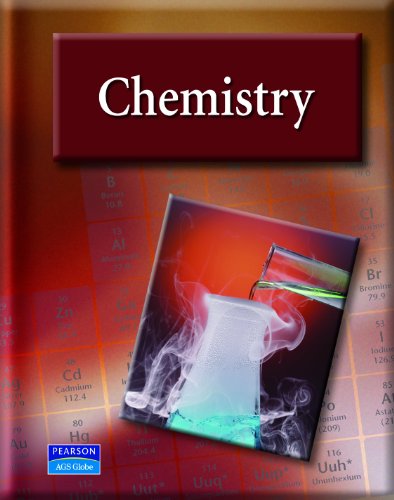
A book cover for CHEMISTRY STUDENT EDITION; Kathleen A. Packard; Children's Books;